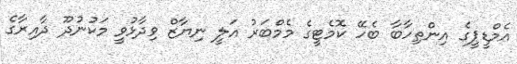
އެމްޑީޕީގެ އިންތިހާބާ ބެހޭ ކޮމެޓީގެ މެމްބަރު އަލީ ނިޔާޒް ވިދާޅުވީ މަކުނުދޫ ދާއިރާގެ